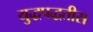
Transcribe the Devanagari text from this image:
युद्धपद्धतीस